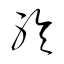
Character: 聆